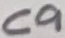
Text: C9